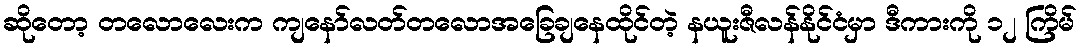
ဆိုတော့ တလောလေးက ကျနော်လတ်တလောအခြေချနေထိုင်တဲ့ နယူးဇီလန်နိုင်ငံမှာ ဒီကားကို ၁၂ ကြိမ်